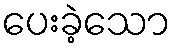
ပေးခဲ့သော